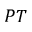
P T